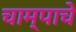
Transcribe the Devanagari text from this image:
चाम्पाचे